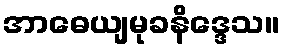
အာဓေယျမုခနိဒ္ဒေသ။